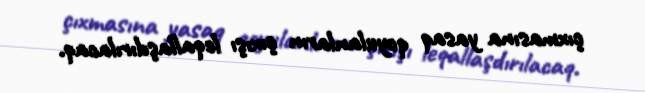
çıxmasına yasaq qoyulanların çıxışı leqallaşdırılacaq.